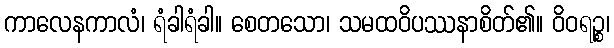
ကာလေနကာလံ၊ ရံခါရံခါ။ စေတသော၊ သမထဝိပဿနာစိတ်၏။ ဝိဝရဉ္စ၊